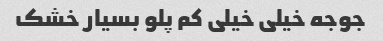
جوجه خیلی خیلی کم پلو بسیار خشک